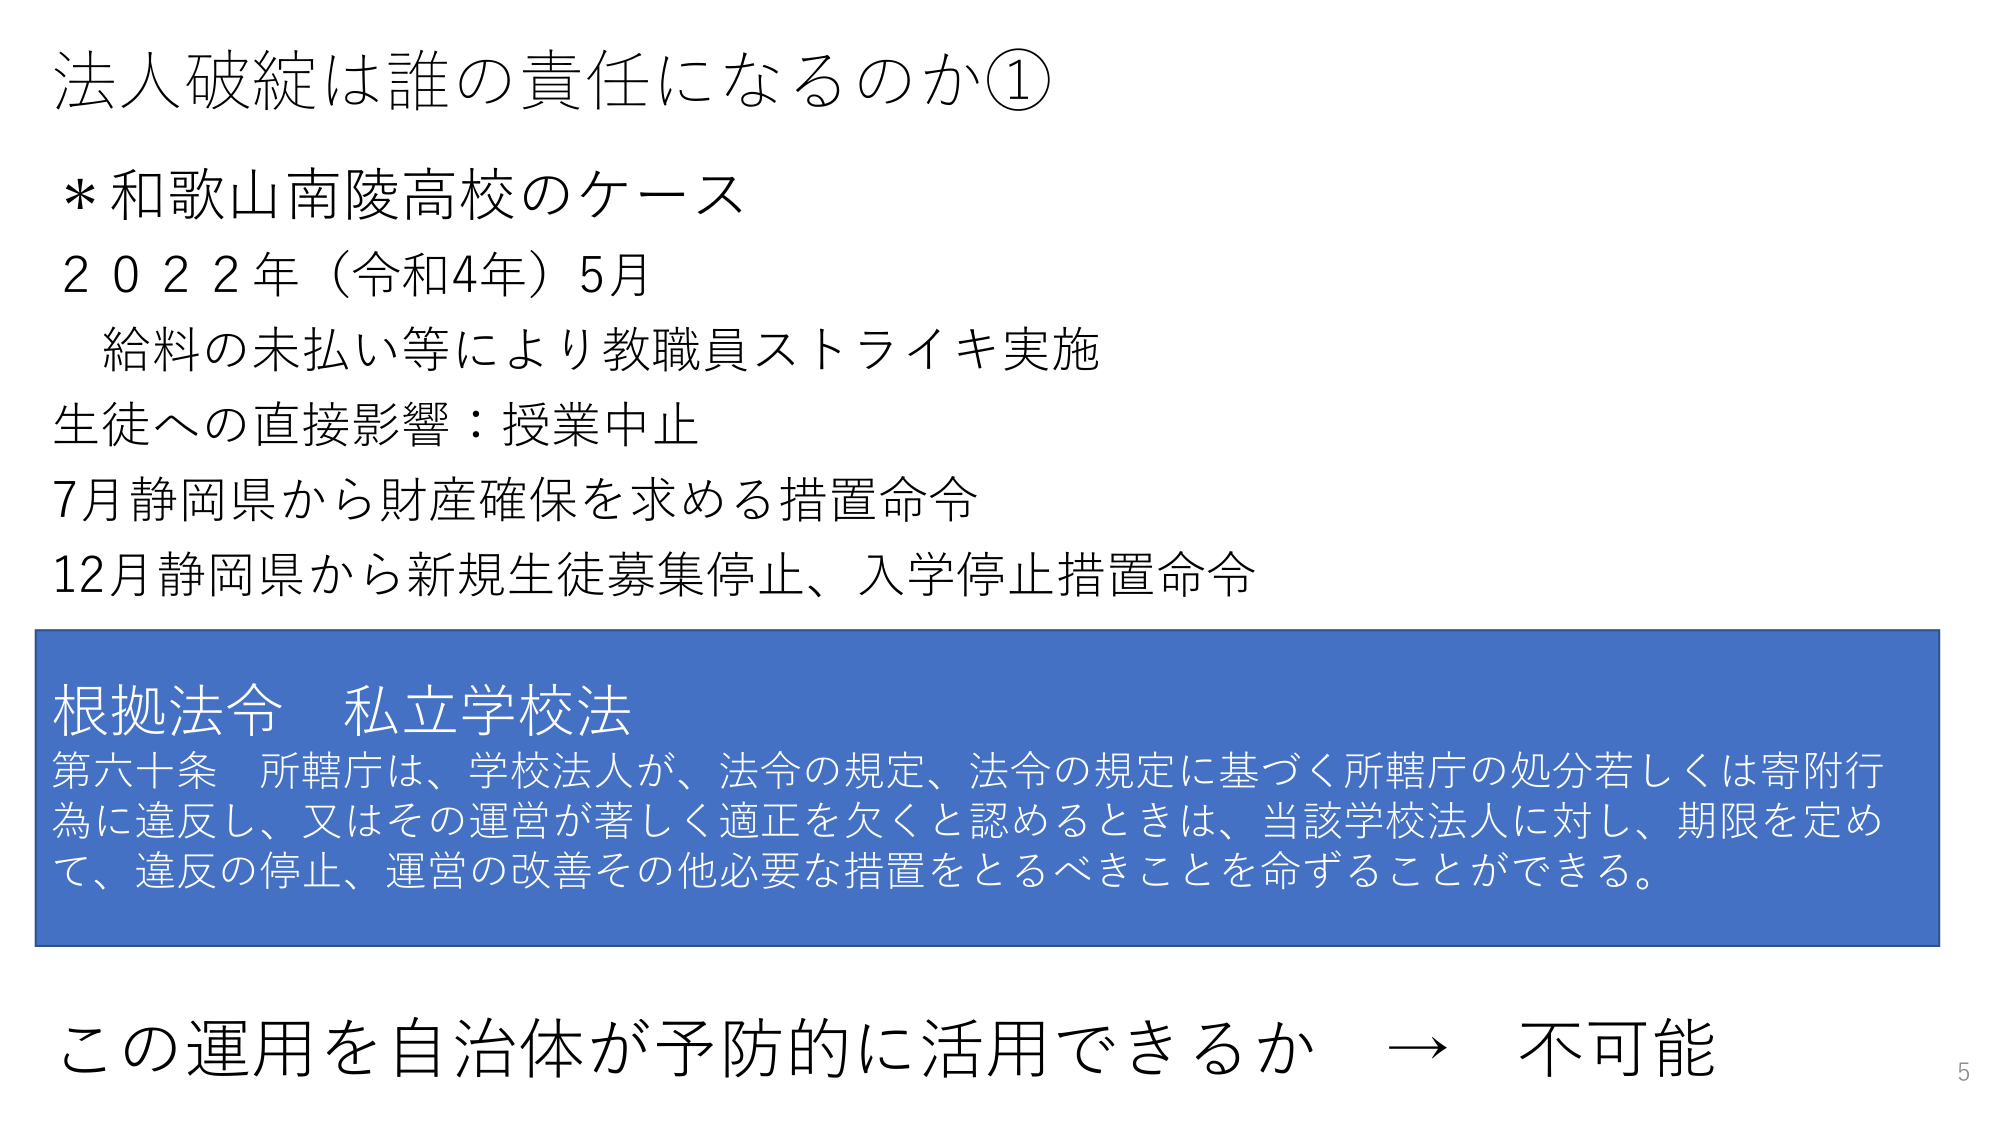
法人破綻は誰の責任になるのか①
* 和歌山南陵高校のケース
2022年（令和4年）5月
　給料の未払い等により教職員ストライキ実施
生徒への直接影響：授業中止
7月静岡県から財産確保を求める措置命令
12月静岡県から新規生徒募集停止、入学停止措置命令

根拠法令　私立学校法
第六十条　所轄庁は、学校法人が、法令の規定、法令の規定に基づく所轄庁の処分若しくは寄附行為に違反し、又はその運営が著しく適正を欠くと認めるときは、当該学校法人に対し、期限を定めて、違反の停止、運営の改善その他必要な措置をとるべきことを命ずることができる。

この運用を自治体が予防的に活用できるか　→　不可能
5